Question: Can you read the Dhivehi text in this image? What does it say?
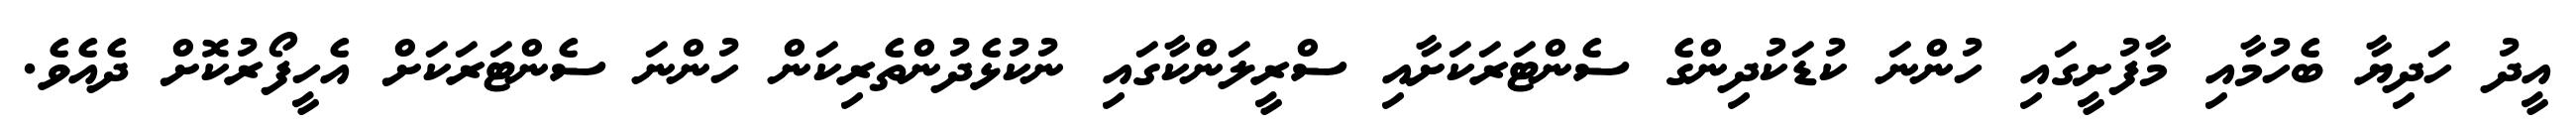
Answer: އީދު ހަދިޔާ ބެހުމާއި މާފުށީގައި ހުންނަ ކުޑަކުދިންގެ ސެންޓަރަކަށާއި ސްރީލަންކާގައި ނުކުޅެދުންތެރިކަން ހުންނަ ސެންޓަރަކަށް އެހީފޯރުކޮށް ދެއެވެ.